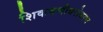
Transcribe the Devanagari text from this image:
शिकवणीबरोबरच